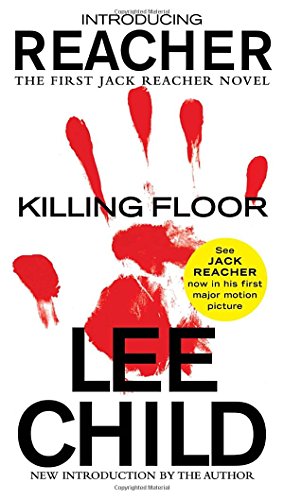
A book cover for Killing Floor: A Jack Reacher Novel; Lee Child; Mystery, Thriller & Suspense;